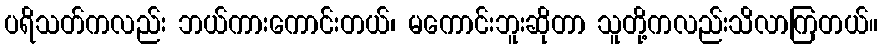
ပရိသတ်ကလည်း ဘယ်ကားကောင်းတယ်၊ မကောင်းဘူးဆိုတာ သူတို့ကလည်းသိလာကြတယ်။